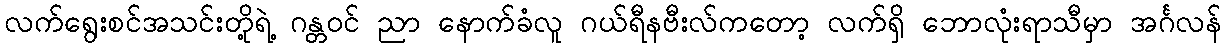
လက်ရွေးစင်အသင်းတို့ရဲ့ ဂန္တဝင် ညာ နောက်ခံလူ ဂယ်ရီနဗီးလ်ကတော့ လက်ရှိ ဘောလုံးရာသီမှာ အင်္ဂလန်